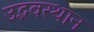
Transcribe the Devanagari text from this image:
उद्भवस्थान